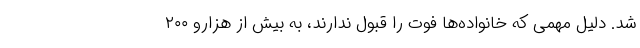
شد. دلیل مهمی که خانواده‌ها فوت را قبول ندارند، به بیش از هزارو ۲۰۰